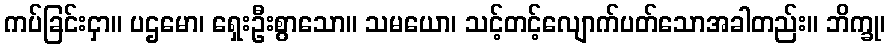
ကပ်ခြင်းငှာ။ ပဌမော၊ ရှေးဦးစွာသော။ သမယော၊ သင့်တင့်လျောက်ပတ်သောအခါတည်း။ ဘိက္ခု၊